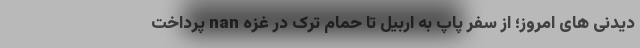
دیدنی های امروز؛ از سفر پاپ به اربیل تا حمام ترک در غزه nan پرداخت